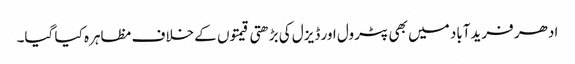
ادھر فریدآباد میں بھی پٹرول اور ڈیزل کی بڑھتی قیمتوں کے خلاف مظاہرہ کیا گیا۔